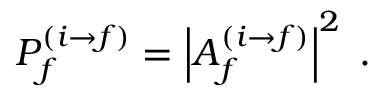
P _ { f } ^ { ( i \rightarrow f ) } = \left| A _ { f } ^ { ( i \rightarrow f ) } \right| ^ { 2 } \; .